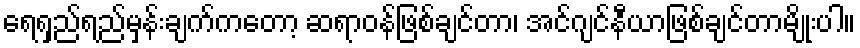
ရေရှည်ရည်မှန်းချက်ကတော့ ဆရာဝန်ဖြစ်ချင်တာ၊ အင်ဂျင်နီယာဖြစ်ချင်တာမျိုးပါ။